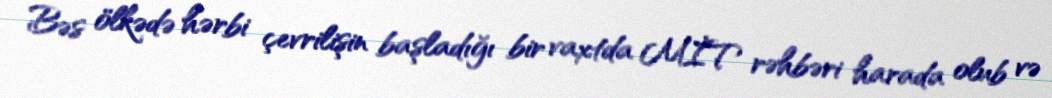
Bəs ölkədə hərbi çevrilişin başladığı bir vaxtda MİT rəhbəri harada olub və